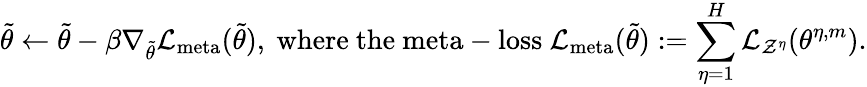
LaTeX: \tilde{\theta}\leftarrow\tilde{\theta}-\beta\nabla_{\tilde{\theta}}\mathcal{L}_{\mathrm{meta}}(\tilde{\theta}),\mathrm{~where~the~meta-loss~}\mathcal{L}_{\mathrm{meta}}(\tilde{\theta}):=\sum_{\eta=1}^{H}\mathcal{L}_{\mathcal{Z}^{\eta}}(\theta^{\eta,m}).